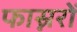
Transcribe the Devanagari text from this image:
फास्नरों